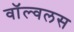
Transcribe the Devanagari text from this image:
वॉल्वलस